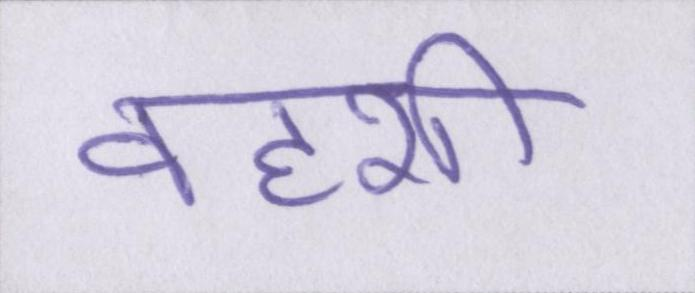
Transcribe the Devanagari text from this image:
वहशी